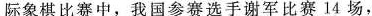
际象棋比赛中，我国参赛选手谢军比赛14场，